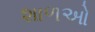
શાળઓ